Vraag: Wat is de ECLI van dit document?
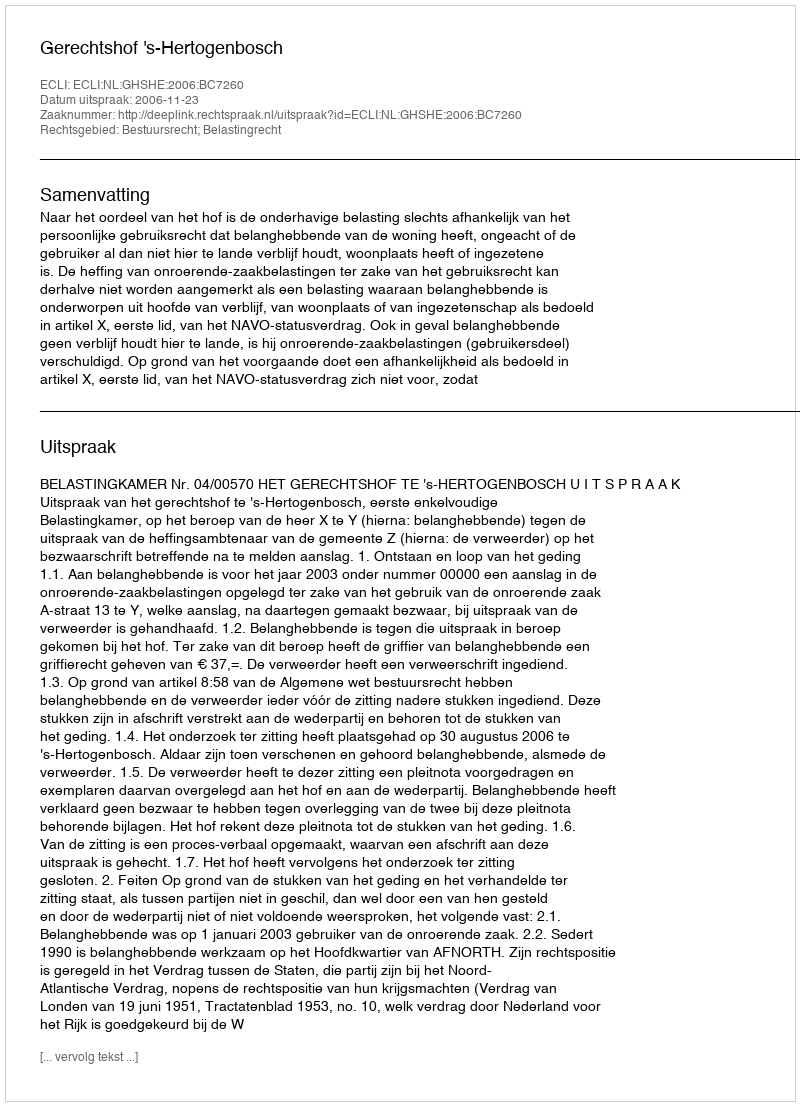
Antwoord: ECLI:NL:GHSHE:2006:BC7260